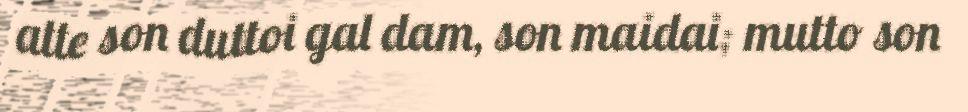
atte son duttoi gal dam, son maidai; mutto son